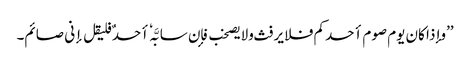
’’وإذا کان یوم صوم أحدکم فلا یرفث ولایصخب فإن سابَّہٗ أحدٌ فلیقل إنی صائم۔